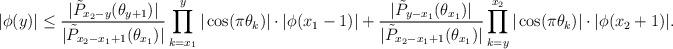
LaTeX: \begin{align*}|\phi(y)|\leq \frac{|\tilde{P}_{x_2-y}(\theta_{y+1})|}{|\tilde{P}_{x_2-x_1+1}(\theta_{x_1})|} \prod_{k=x_1}^y |\cos(\pi\theta_k)| \cdot |\phi(x_1-1)|+ \frac{|\tilde{P}_{y-x_1}(\theta_{x_1})|}{|\tilde{P}_{x_2-x_1+1}(\theta_{x_1})|}\prod_{k=y}^{x_2} |\cos(\pi\theta_k)|\cdot |\phi(x_2+1)|.\end{align*}